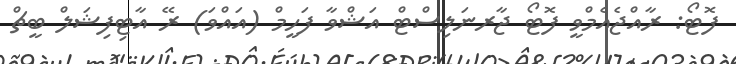
ފޮޓޯ: ރާއްޖެއެމްވީ ފޮޓޯ ޖާރނަލިސްޓް އަޝްވާ ފަހީމް (އައްވަ) ރޭ އާޓިފިޝަލް ބީޗް